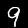
Digit: 9